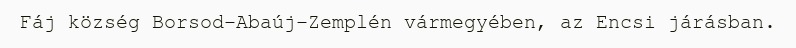
Fáj község Borsod-Abaúj-Zemplén vármegyében, az Encsi járásban.